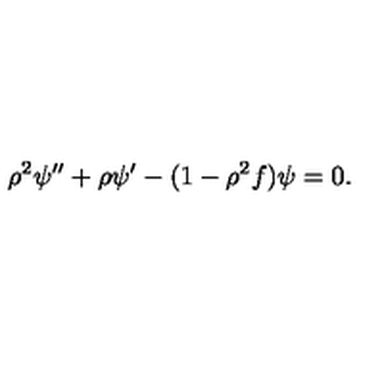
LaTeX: \rho ^ { 2 } \psi ^ { \prime \prime } + \rho \psi ^ { \prime } - ( 1 - \rho ^ { 2 } f ) \psi = 0 .